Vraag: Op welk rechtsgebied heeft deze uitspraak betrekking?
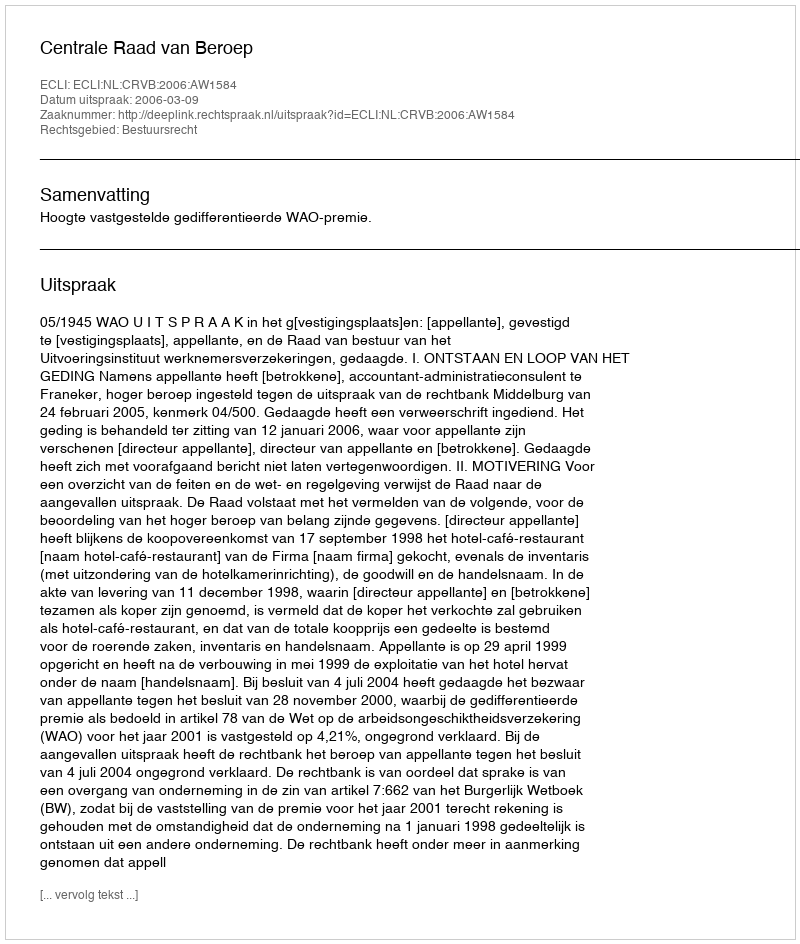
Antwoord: Bestuursrecht